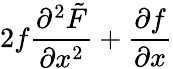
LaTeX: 2f\frac{\partial^{2}\tilde{F}}{\partial x^{2}}+\frac{\partial f}{\partial x}